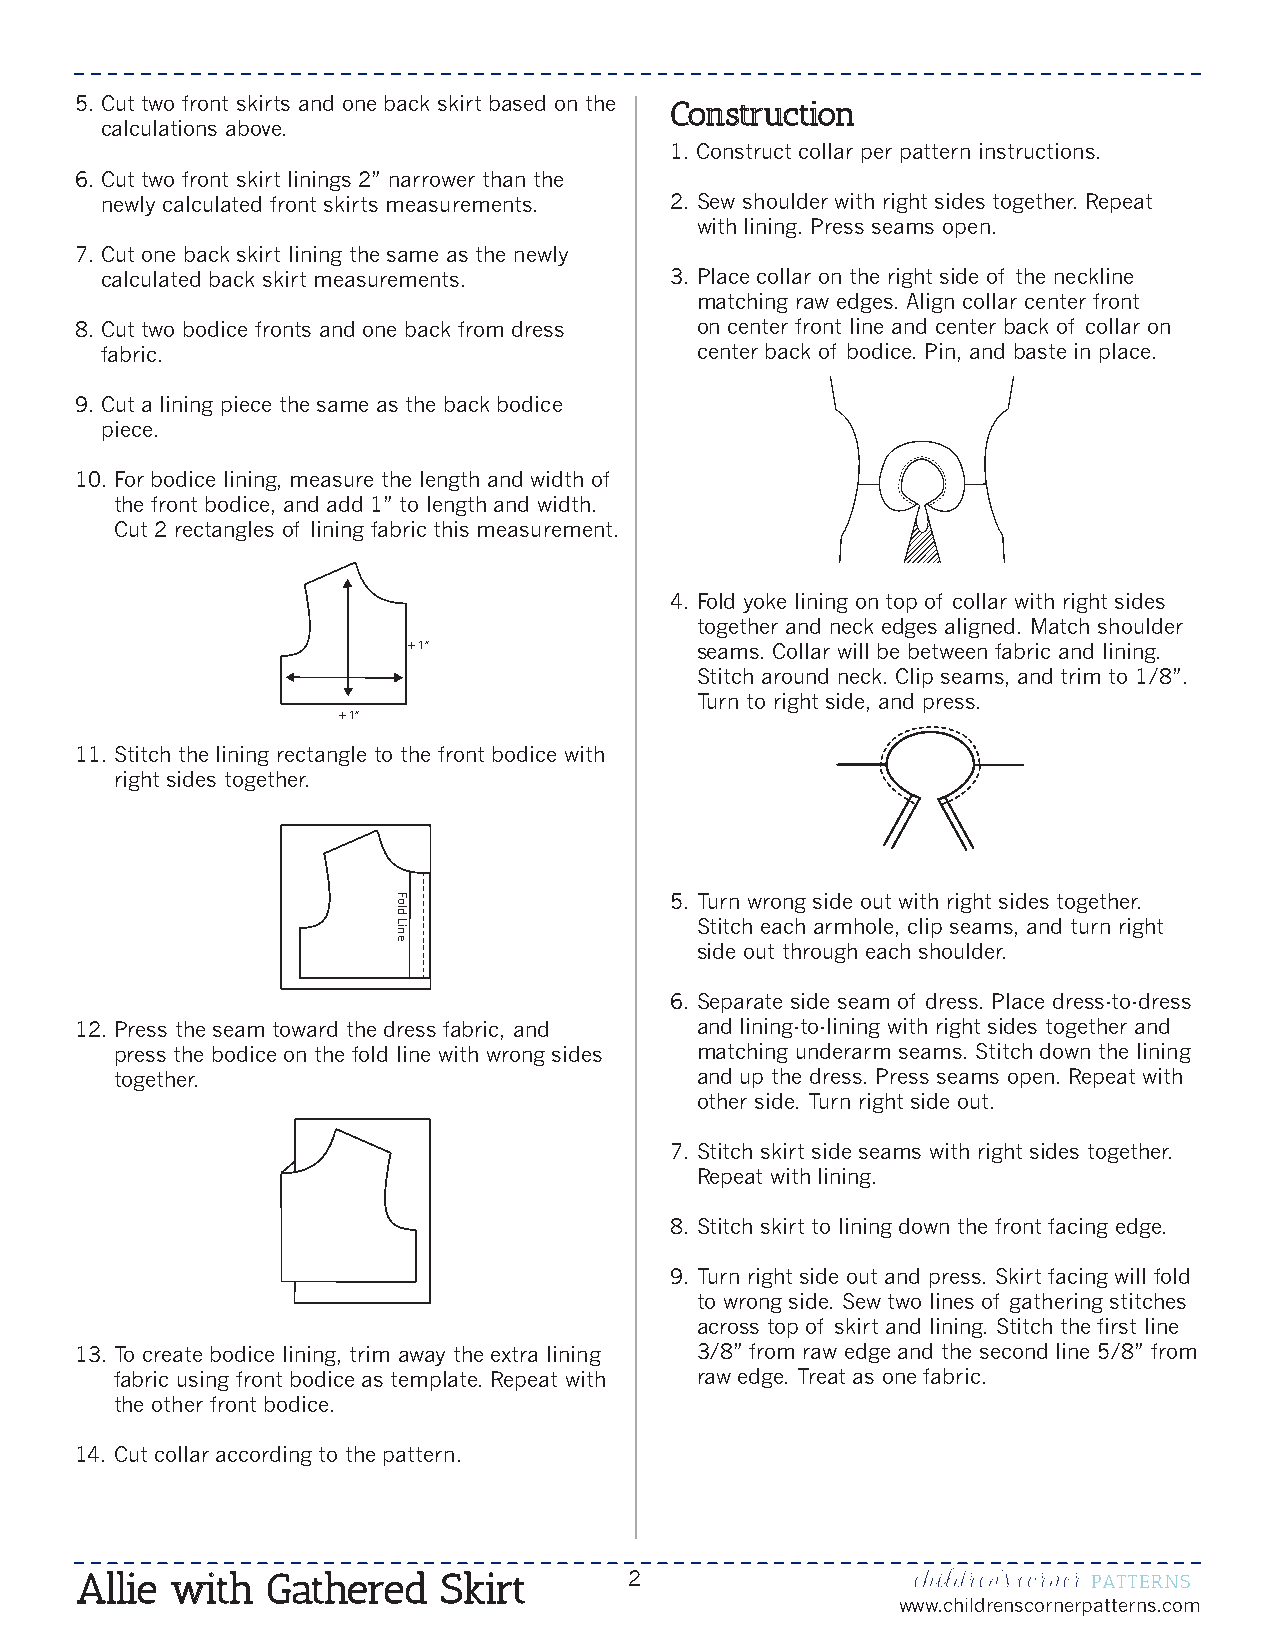
5. C ut two front skirts and one back skirt based on the Construction
 calculations above.
 1. Construct collar per pattern instructions.
 6. C ut two front skirt linings 2” narrower than the
 newly calculated front skirts measurements. 2. S ew shoulder with right sides together. Repeat
 with lining. Press seams open.
 7. C ut one back skirt lining the same as the newly
 calculated back skirt measurements.  3. P lace collar on the right side of the neckline
 matching raw edges. Align collar center front
 8. C ut two bodice fronts and one back from dress on center front line and center back of collar on
 fabric.                                center back of bodice. Pin, and baste in place.
 9. C ut a lining piece the same as the back bodice
 piece.
 10. F or bodice lining, measure the length and width of
 the front bodice, and add 1” to length and width.
 Cut 2 rectangles of lining fabric this measurement.
 4. F old yoke lining on top of collar with right sides
 together and neck edges aligned. Match shoulder
 + 1”               seams. Collar will be between fabric and lining.
 Stitch around neck. Clip seams, and trim to 1/8”.
 Turn to right side, and press.
 + 1”
 11. S titch the lining rectangle to the front bodice with
 right sides together.
 Fo                5. T urn wrong side out with right sides together.
 ld
 Lin                 Stitch each armhole, clip seams, and turn right
 e
 side out through each shoulder.
 6. S eparate side seam of dress. Place dress-to-dress
 12. P ress the seam toward the dress fabric, and and lining-to-lining with right sides together and
 press the bodice on the fold line with wrong sides matching underarm seams. Stitch down the lining
 together.                             and up the dress. Press seams open. Repeat with
 other side. Turn right side out.
 7. S titch skirt side seams with right sides together.
 Repeat with lining.
 8. S titch skirt to lining down the front facing edge.
 9. T urn right side out and press. Skirt facing will fold
 to wrong side. Sew two lines of gathering stitches
 across top of skirt and lining. Stitch the first line
 13. T o create bodice lining, trim away the extra lining 3/8” from raw edge and the second line 5/8” from
 fabric using front bodice as template. Repeat with raw edge. Treat as one fabric.
 the other front bodice.
 14. Cut collar according to the pattern.
 Allie with   Gathered   Skirt        2
 www.childrenscornerpatterns.com